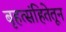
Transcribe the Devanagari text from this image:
बृहत्संहितेतून